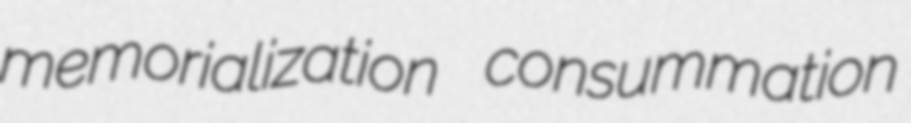
memorialization consummation